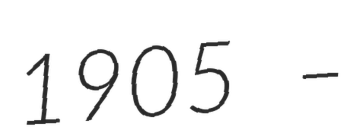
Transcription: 1905 –